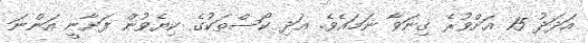
އަދަދު 15 އަށްވުރެ ގިނަވާ ނަމައެވެ. އަދި ކޯސްތަކުގެ ކިޔެވުން ފަށާނީ އަންނަ